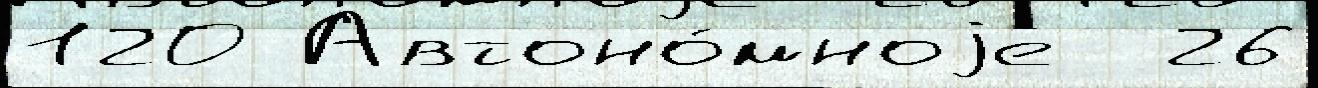
120 Автоно́мноjе  26